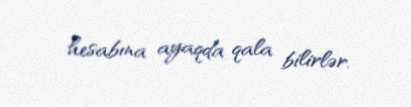
hesabına ayaqda qala bilirlər.